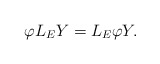
\begin{align*}\varphi L_EY=L_E\varphi Y.\end{align*}